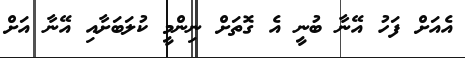
އެއަށް ފަހު އޭނާ ބުނީ އެ ގޮތަށް ނިންމީ ކުލަބަށާއި އޭނާ އަށް